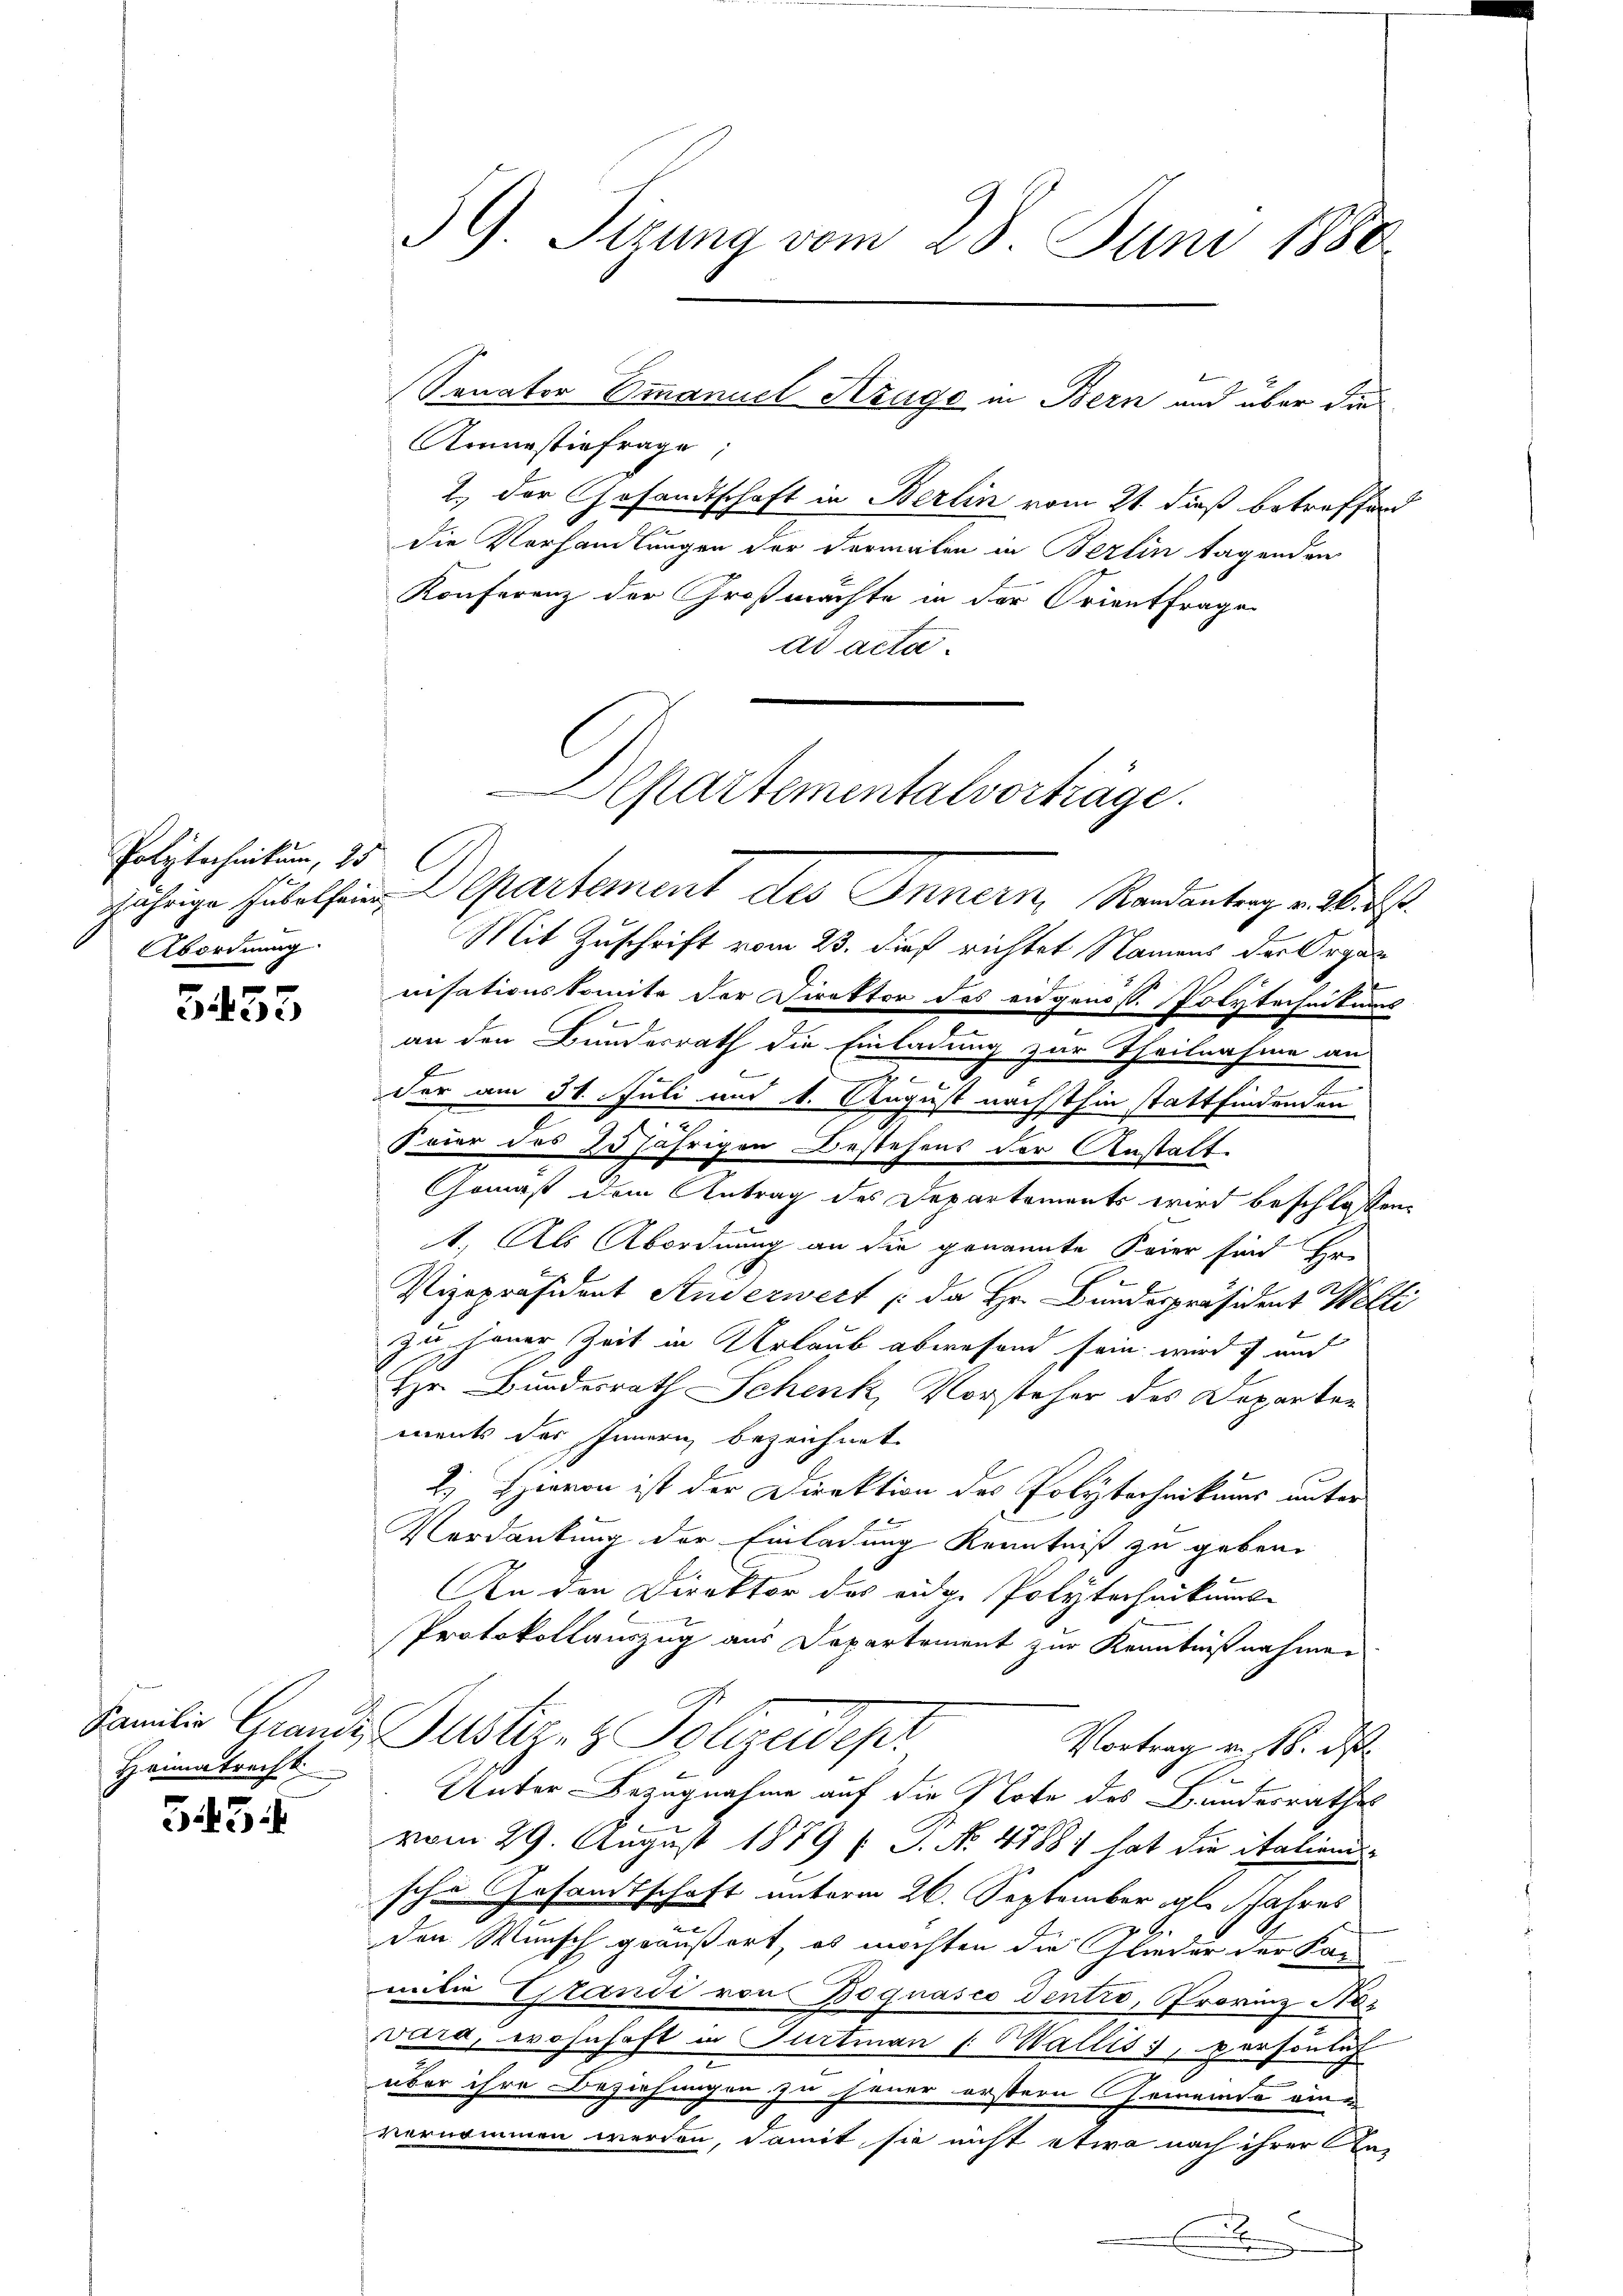
Polytechnikum, 25
Abordnung

5455

Heimatrecht

543

39. Sitzung vom 28. Juni 1888

Konastie frage,
die Vorhandlungen der dermalen in Berlin tagenden
Konferenz der Großmachte in der Orientfrage
ad acta
Mit Zuschrift vom 23. dieß richtet Namens der Organ
nisationskomite der Direktor des eidgenöss. Polytechnikums
.
an den Bundesrath die Einladung zur Theilnahme an
e

der am 31. Juli und 1. August nächsthin stattfindenden
Feier des 20 jährigen Bestehens der Anstalt
Gemäß dem Antrag des Departements wird beschlossen:
1.) Als Abordnung an die genannte Feier sind Er-
Vizepräsident Studerwert : da Hr. Bundespräsident Welli
zu jener Zeit in Urlaub abwesend sein wird ich au
Hr. Bundesrath Schenk, Vorsteher des Departen
ments des Innern bezeichnet
E. Hievon ist der Direktion des Polytechnikums unter
Verdankung der Einladung Kenntniß zu geben.
An den Direktor das eidg. Polytechnikums-
Protokollauszug aus Departement zur Kenntnißnahmen
Familie Grands, Justiz- & Polizeidepr
Vortrag v. 18. d.
.
Unter Bezugnahme auf die Note des Bundesrathes
vom 29. August 1879 (: S. No. 48881 hat die italien
sche Gesamtschaft unterm 26. September gl. Jahres
den Wunsch geäußert, es möchten die Glieder der Kar
mite Grandi von Bognasco dentio, Provinz Naz
vara, wohnhaft in Gurtian Wallis, persönlich
über ihre Beziehungen zu jener erstern Gemeinde eine
vernommen werden, damit sie nicht etwa nach ihrer Unx
B

Sanator Omanuel Krage in Bern und über die

2.) Der Gesandtschaft in Berlin vom 21. dieß betreffend

Departementalvorträge.
jährige Jubelsein Departement des Innern, Randantrag v. 16. ds.